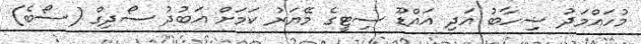
މުހައްމަދު ޝިހާބު އަދި އައްޑޫ ސިޓީގެ މޭޔަރު ކަމަށް އަބުދު ސޯދިގް (ސޯބެ)